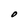
Character: O